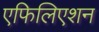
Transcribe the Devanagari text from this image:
एफिलिएशन